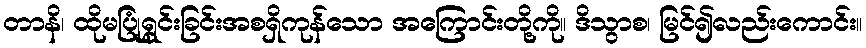
တာနိ၊ ထိုမပြုံရွှင်းခြင်းအစရှိကုန်သော အကြောင်းတို့ကို။ ဒိသွာစ၊ မြင်၍လည်းကောင်း။